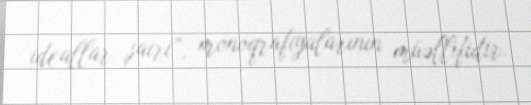
ideallar şairi”, monoqrafiyalarının müəllifidir.